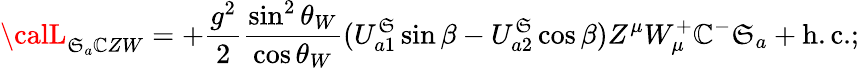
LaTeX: {\calL}_{\mathfrak{S}_{a}\mathbb{C}ZW}=+\frac{{g^{2}}}{{2}}\frac{{\sin^{2}\theta_{W}}}{{\cos\theta_{W}}}(U_{a1}^{\mathfrak{S}}\sin\beta-U_{a2}^{\mathfrak{S}}\cos\beta)Z^{\mu}W_{\mu}^{+}\mathbb{C}^{-}\mathfrak{S}_{a}+\mathrm{{h.c.}};